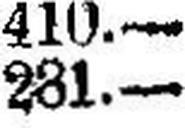
281.—